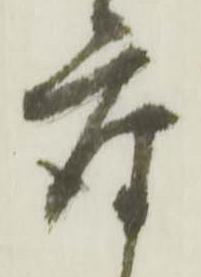
座